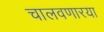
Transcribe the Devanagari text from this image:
चालवणारया